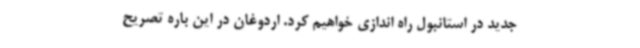
جدید در استانبول راه اندازی خواهیم کرد. اردوغان در این باره تصریح